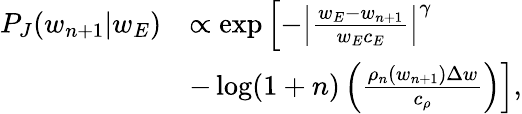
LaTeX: \begin{array}{r}{\begin{array}{rl}{P_{J}(w_{n+1}\vert w_{E})}&{\propto\exp\left[-\left\vert\frac{w_{E}-w_{n+1}}{w_{E}c_{E}}\right\vert^{\gamma}\right.}\\ &{\left.-\log(1+n)\left(\frac{\rho_{n}(w_{n+1})\Delta w}{c_{\rho}}\right)\right],}\end{array}}\end{array}